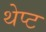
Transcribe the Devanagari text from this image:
थेप्ट